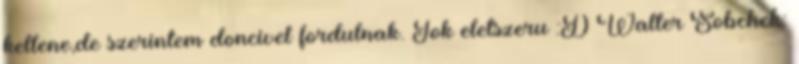
kellene,de szerintem doncivel fordulnak. Tok eletszeru :D Walter Sobchek: